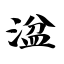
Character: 湓